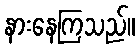
နားနေကြသည်။